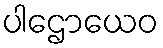
ပါဌောယေဝ